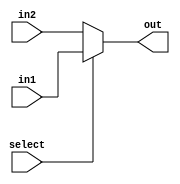
//group 22
// a mux, output port have 8 bits

`timescale 1ns/100ps

module muxto8(out,select,in1,in2);

input select;
input [7:0] in1,in2;
output  reg [7:0] out;
always @(select,in1,in2) begin
	if (select==1)  out = in1;
	else out = in2;
end
endmodule